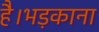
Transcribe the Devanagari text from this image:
है।भड़काना